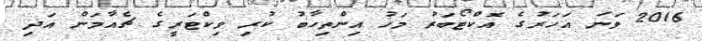
2016 ވަނަ އަހަރުގެ އޮކްޓޯބަރު މަހު އިންތިހާބު ކުރި ވިކްޓަރީގެ ޗެއާމަން އަދި